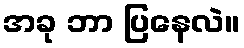
အခု ဘာ ပြနေလဲ။